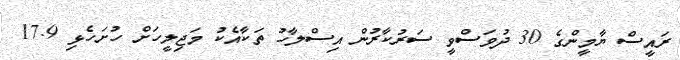
ރައީސް ޔާމީންގެ 30 ދުވަސްވީ ސަރުކާރުން އިސްލާހު ތަކާއެކު މަޖިލީހަށް ހުށަހެޅި 17.9